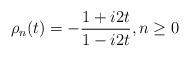
LaTeX: \begin{align*} \rho_{n}(t) = - \frac{1 +i 2t}{1-i2t} , n \geq 0\end{align*}